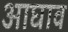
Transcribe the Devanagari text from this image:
आघाव